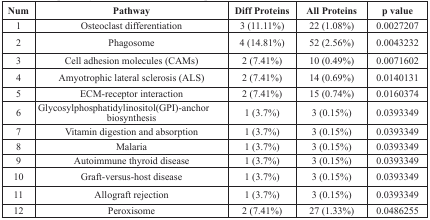
<table><thead><tr><td><b>Num</b></td><td><b>Pathway</b></td><td><b>Diff Proteins</b></td><td><b>All Proteins</b></td><td><b>p value</b></td></tr></thead><tbody><tr><td>1</td><td>Osteoclast differentiation</td><td>3 (11.11%)</td><td>22 (1.08%)</td><td>0.0027207</td></tr><tr><td>2</td><td>Phagosome</td><td>4 (14.81%)</td><td>52 (2.56%)</td><td>0.0043232</td></tr><tr><td>3</td><td>Cell adhesion molecules (CAMs)</td><td>2 (7.41%)</td><td>10 (0.49%)</td><td>0.0071602</td></tr><tr><td>4</td><td>Amyotrophic lateral sclerosis (ALS)</td><td>2 (7.41%)</td><td>14 (0.69%)</td><td>0.0140131</td></tr><tr><td>5</td><td>ECM-receptor interaction</td><td>2 (7.41%)</td><td>15 (0.74%)</td><td>0.0160374</td></tr><tr><td>6</td><td>Glycosylphosphatidylinositol(GPI)-anchor biosynthesis</td><td>1 (3.7%)</td><td>3 (0.15%)</td><td>0.0393349</td></tr><tr><td>7</td><td>Vitamin digestion and absorption</td><td>1 (3.7%)</td><td>3 (0.15%)</td><td>0.0393349</td></tr><tr><td>8</td><td>Malaria</td><td>1 (3.7%)</td><td>3 (0.15%)</td><td>0.0393349</td></tr><tr><td>9</td><td>Autoimmune thyroid disease</td><td>1 (3.7%)</td><td>3 (0.15%)</td><td>0.0393349</td></tr><tr><td>10</td><td>Graft-versus-host disease</td><td>1 (3.7%)</td><td>3 (0.15%)</td><td>0.0393349</td></tr><tr><td>11</td><td>Allograft rejection</td><td>1 (3.7%)</td><td>3 (0.15%)</td><td>0.0393349</td></tr><tr><td>12</td><td>Peroxisome</td><td>2 (7.41%)</td><td>27 (1.33%)</td><td>0.0486255</td></tr></tbody></table>